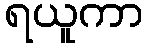
ရယူကာ